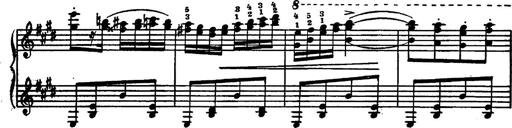
Title: Magyar rapszÃ³diÃ¡k
Composer: Franz Liszt